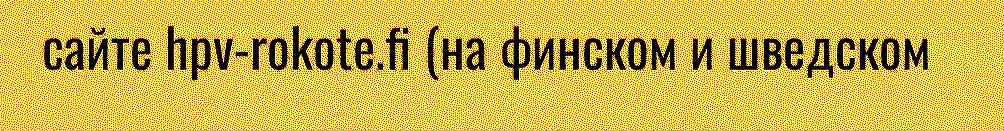
сайте hpv-rokote.fi (на финском и шведском